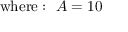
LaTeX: { \mathrm { w h e r e : ~ } } A = 1 0